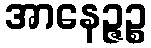
အာနေဉ္ဇဉ္စ